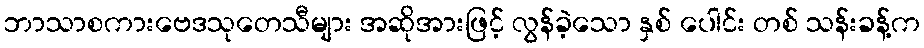
ဘာသာစကားဗေဒသုတေသီများ အဆိုအားဖြင့် လွန်ခဲ့သော နှစ် ပေါင်း တစ် သန်းခန့်က